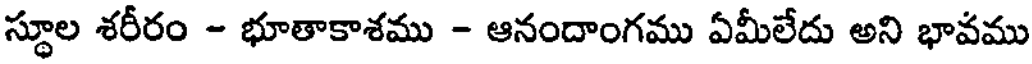
స్థూల శరీరం - భూతాకాశము - ఆనందాంగము ఏమీలేదు అని భావము